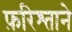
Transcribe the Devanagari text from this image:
फ़रिश्ताने